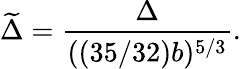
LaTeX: \widetilde{\Delta}=\frac{\Delta}{((35/32)b)^{5/3}}.